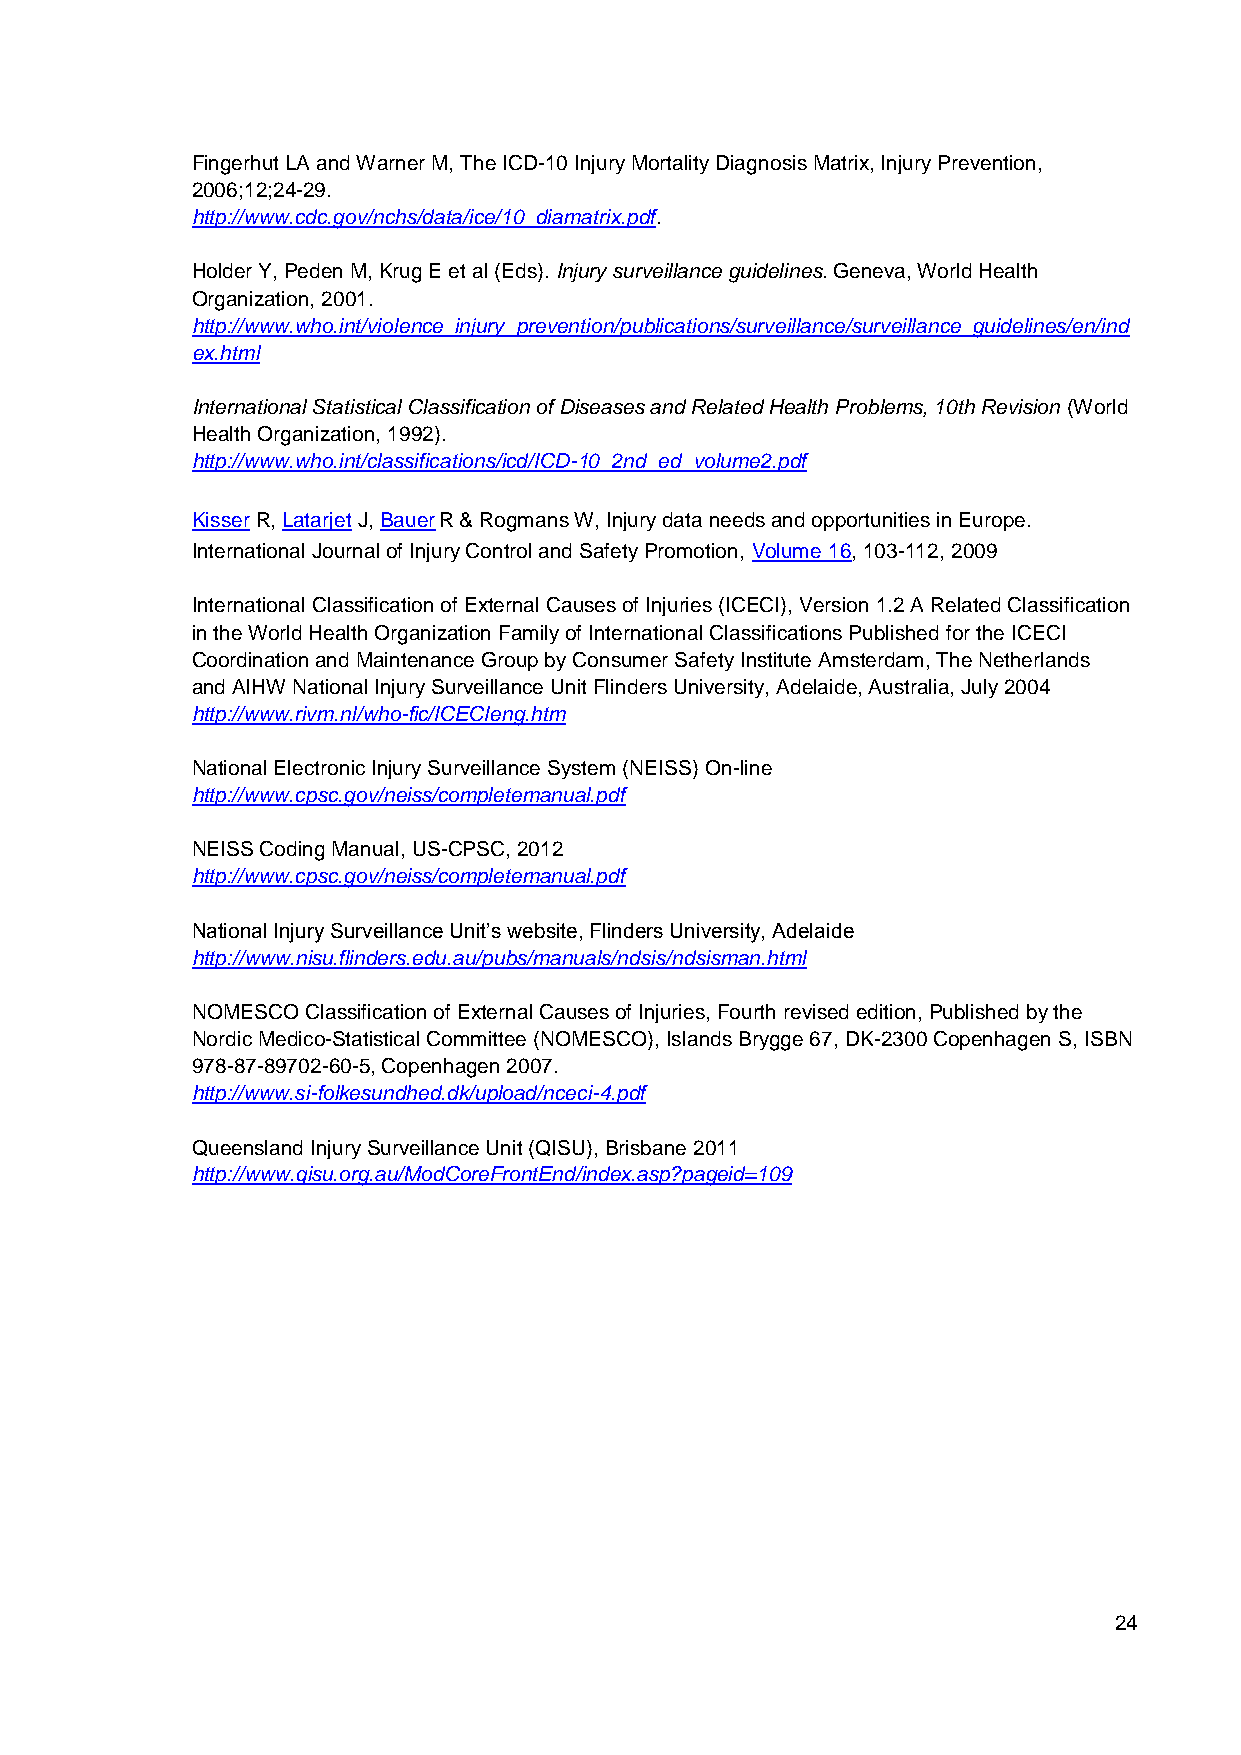
Fingerhut LA and Warner M, The ICD-10 Injury Mortality Diagnosis Matrix, Injury Prevention,
 2006;12;24-29.
 http://www.cdc.gov/nchs/data/ice/10_diamatrix.pdf.
 Holder Y, Peden M, Krug E et al (Eds). Injury surveillance guidelines. Geneva, World Health
 Organization, 2001.
 http://www.who.int/violence_injury_prevention/publications/surveillance/surveillance_guidelines/en/ind
 ex.html
 International Statistical Classification of Diseases and Related Health Problems, 10th Revision (World
 Health Organization, 1992).
 http://www.who.int/classifications/icd/ICD-10_2nd_ed_volume2.pdf
 Kisser R, Latarjet J, Bauer R & Rogmans W, Injury data needs and opportunities in Europe.
 International Journal of Injury Control and Safety Promotion, Volume 16, 103-112, 2009
 International Classification of External Causes of Injuries (ICECI), Version 1.2 A Related Classification
 in the World Health Organization Family of International Classifications Published for the ICECI
 Coordination and Maintenance Group by Consumer Safety Institute Amsterdam, The Netherlands
 and AIHW National Injury Surveillance Unit Flinders University, Adelaide, Australia, July 2004
 http://www.rivm.nl/who-fic/ICECIeng.htm
 National Electronic Injury Surveillance System (NEISS) On-line
 http://www.cpsc.gov/neiss/completemanual.pdf
 NEISS Coding Manual, US-CPSC, 2012
 http://www.cpsc.gov/neiss/completemanual.pdf
 National Injury Surveillance Unit’s website, Flinders University, Adelaide
 http://www.nisu.flinders.edu.au/pubs/manuals/ndsis/ndsisman.html
 NOMESCO Classification of External Causes of Injuries, Fourth revised edition, Published by the
 Nordic Medico-Statistical Committee (NOMESCO), Islands Brygge 67, DK-2300 Copenhagen S, ISBN
 978-87-89702-60-5, Copenhagen 2007.
 http://www.si-folkesundhed.dk/upload/nceci-4.pdf
 Queensland Injury Surveillance Unit (QISU), Brisbane 2011
 http://www.qisu.org.au/ModCoreFrontEnd/index.asp?pageid=109
 24